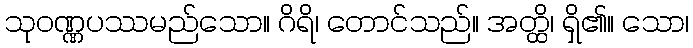
သုဝဏ္ဏပဿမည်သော။ ဂိရိ၊ တောင်သည်။ အတ္ထိ၊ ရှိ၏။ သော၊